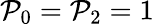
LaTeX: \mathcal{P}_{0}=\mathcal{P}_{2}=1